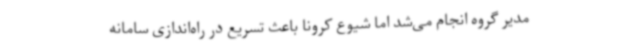
مدیر گروه انجام می‌شد اما شیوع کرونا باعث تسریع در راه‌اندازی سامانه